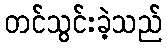
တင်သွင်းခဲ့သည်